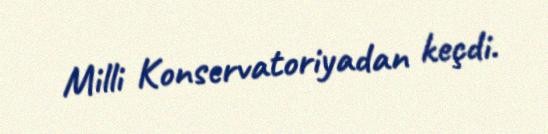
Milli Konservatoriyadan keçdi.